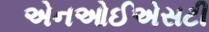
એનઓઈએસટી